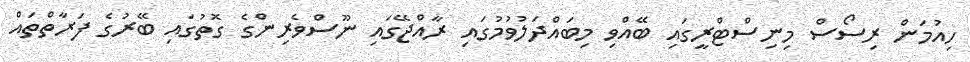
ހިއުމަން ރިސޯސް މިނިސްޓްރީގައި ބޭއްވި މިބައްދަލުވުމުގައި ރާއްޖޭގައި ނޫސްވެރިންގެ ގޮތުގައި ބޭރުގެ ފަރާތްތައް